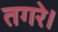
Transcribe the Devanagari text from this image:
तगरे।